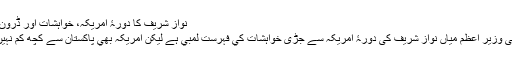
نواز شریف کا دورۂ امریکہ، خواہشات اور ڈرون حملے
پاکستانی وزير اعظم مياں نواز شريف کی دورۂ امریکہ سے جڑی خواہشات کي فہرست لمبي ہے ليکن امريکہ بھي پاکستان سے کچھ کم نہيں چاہتا۔